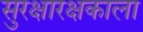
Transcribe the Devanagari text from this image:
सुरक्षारक्षकाला